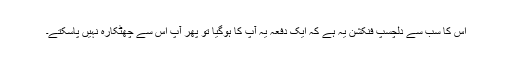
اس کا سب سے دلچسپ فنکشن یہ ہے کہ ایک دفعہ یہ آپ کا ہوگیا تو پھر آپ اس سے چھٹکارہ نہیں پاسکتے۔